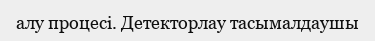
алу процесі. Детекторлау тасымалдаушы